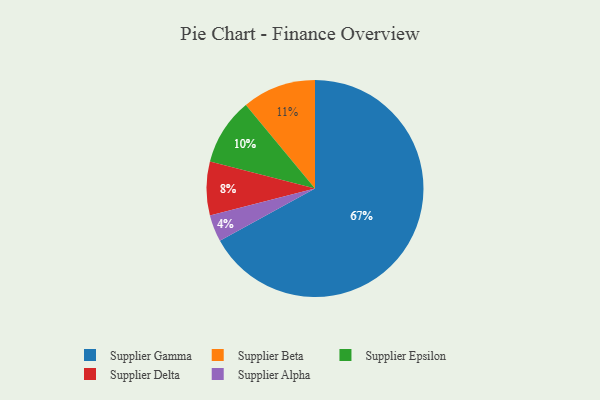
{"axis": {"x": "Category", "y": "Percentage"}, "legend": ["Supplier Alpha", "Supplier Beta", "Supplier Delta", "Supplier Epsilon", "Supplier Gamma"], "data": [{"x": "Supplier Alpha", "y": 4, "type": "Supplier Alpha"}, {"x": "Supplier Epsilon", "y": 10, "type": "Supplier Epsilon"}, {"x": "Supplier Gamma", "y": 67, "type": "Supplier Gamma"}, {"x": "Supplier Beta", "y": 11, "type": "Supplier Beta"}, {"x": "Supplier Delta", "y": 8, "type": "Supplier Delta"}]}